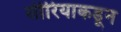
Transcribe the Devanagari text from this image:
सीरियाकडून